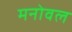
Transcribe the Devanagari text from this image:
मनोवल